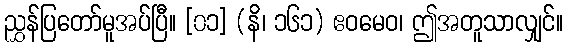
ညွှန်ပြတော်မူအပ်ပြီ။ [၀၁] (နိ၊ ၁၆၁) ဧဝမေဝ၊ ဤအတူသာလျှင်။